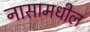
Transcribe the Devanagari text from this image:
नासामधील